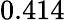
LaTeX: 0.414